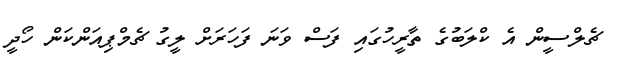
ޗެލްސީން އެ ކްލަބުގެ ތާރީހުގައި ފަސް ވަނަ ފަހަރަށް ލީގު ޗެމްޕިއަންކަން ހޯދީ